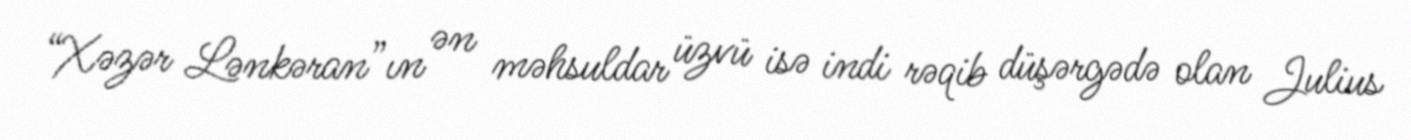
“Xəzər Lənkəran”ın ən məhsuldar üzvü isə indi rəqib düşərgədə olan Julius